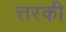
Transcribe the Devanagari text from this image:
त्तरकी